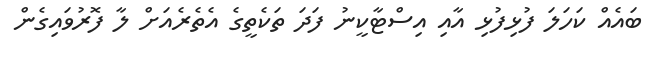
ބައެއް ކަހަލަ ފުޅިފުޅި އާއި އިސްޓާކީނު ފަދަ ތަކެތީގެ އެތެރެއަށް ލާ ފޮރުވައިގެން